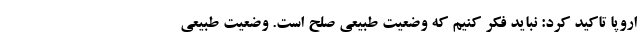
اروپا تاکید کرد: نباید فکر کنیم که وضعیت طبیعی صلح است. وضعیت طبیعی